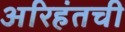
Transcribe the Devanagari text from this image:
अरिहंतची